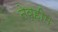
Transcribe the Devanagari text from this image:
नेव्हीम